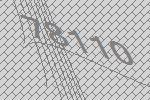
78110